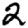
Digit: 2